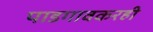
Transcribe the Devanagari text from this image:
पाडगावकरही